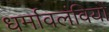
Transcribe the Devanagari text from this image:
धर्मावलंवियों